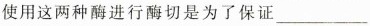
使用这两种酶进行酶切是为了保证___